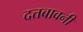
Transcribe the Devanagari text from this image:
दत्तबावनी